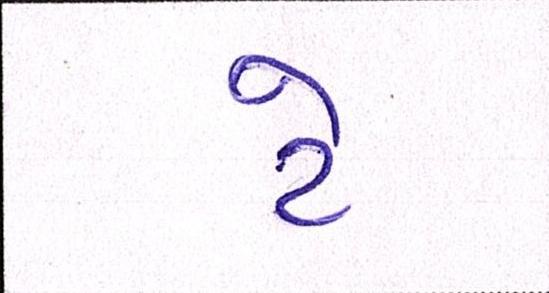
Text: ટે